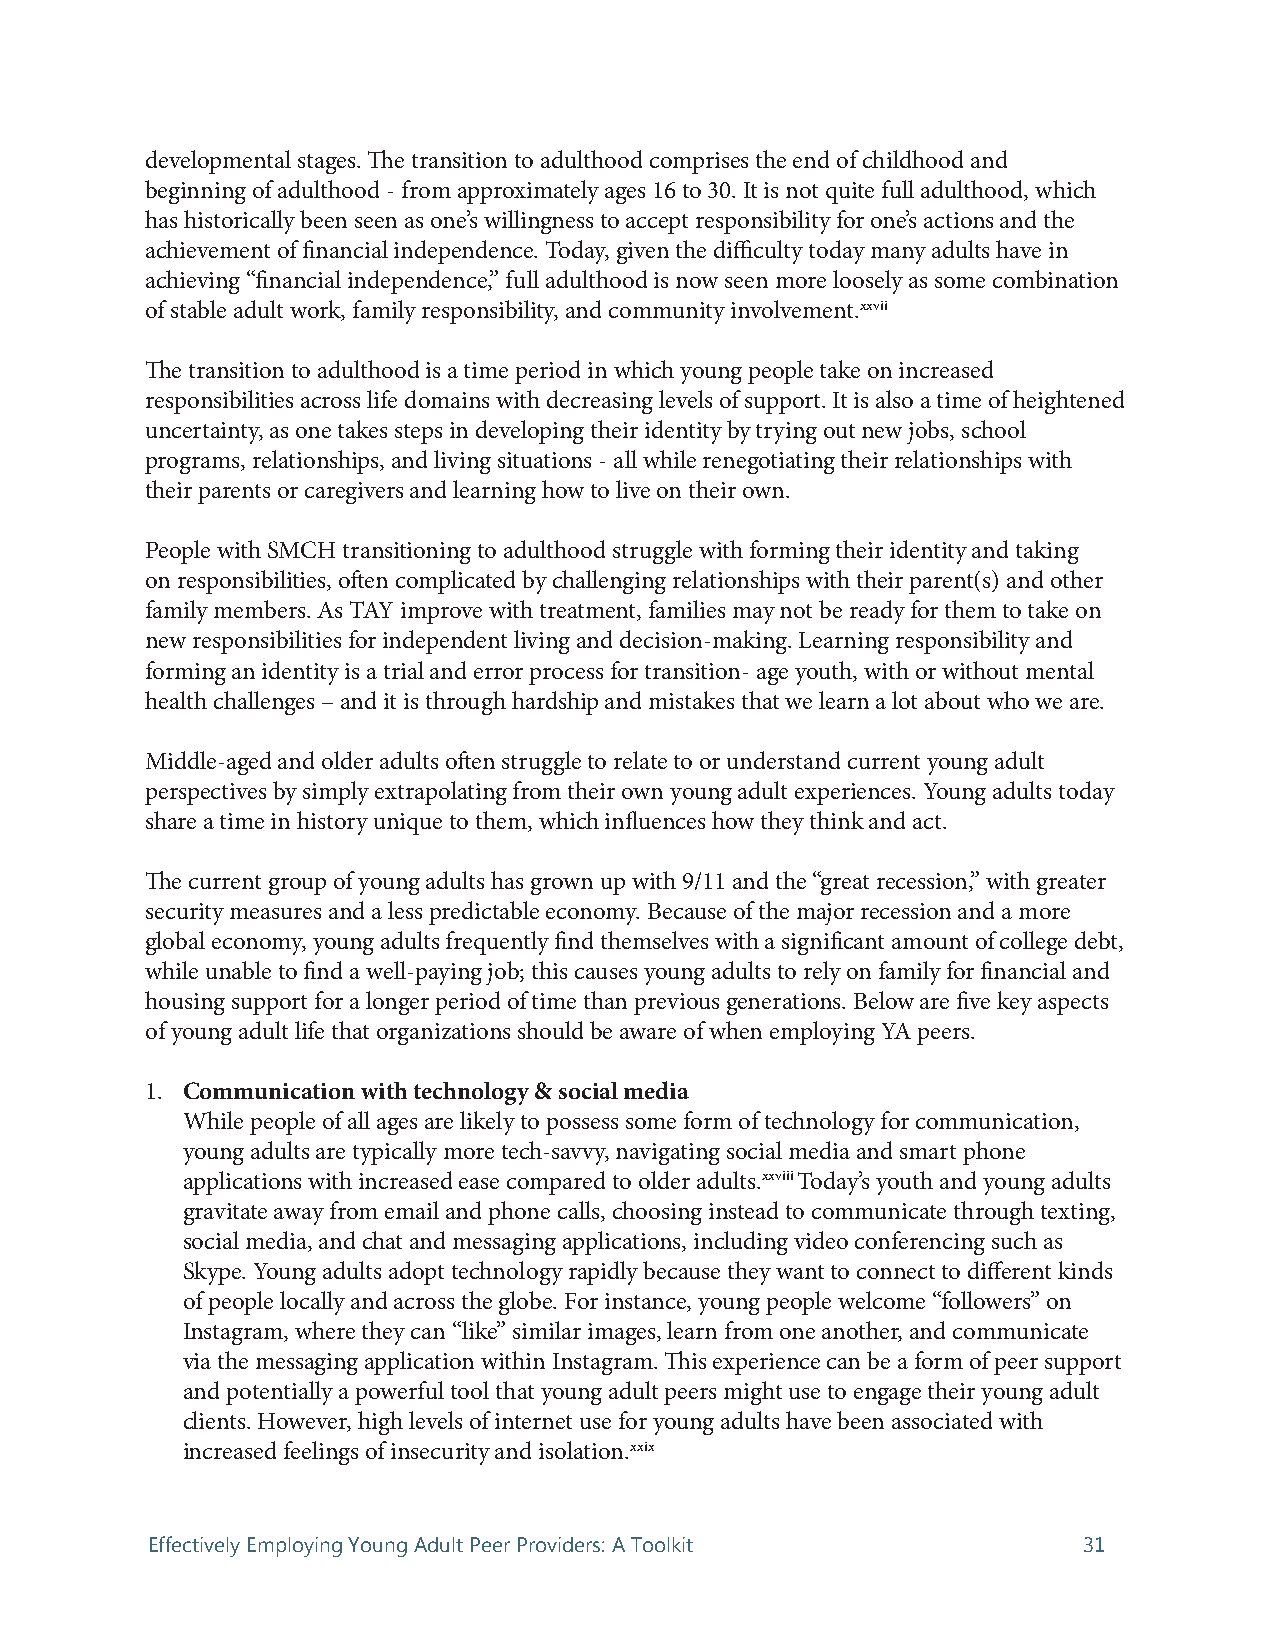
developmental stages. The transition to adulthood comprises the end of childhood and
 beginning of adulthood - from approximately ages 16 to 30. It is not quite full adulthood, which
 has historically been seen as one’s willingness to accept responsibility for one’s actions and the
 achievement of financial independence. Today, given the difficulty today many adults have in
 achieving “financial independence,” full adulthood is now seen more loosely as some combination
 of stable adult work, family responsibility, and community involvement.xxvii
 The transition to adulthood is a time period in which young people take on increased
 responsibilities across life domains with decreasing levels of support. It is also a time of heightened
 uncertainty, as one takes steps in developing their identity by trying out new jobs, school
 programs, relationships, and living situations - all while renegotiating their relationships with
 their parents or caregivers and learning how to live on their own.
 People with SMCH transitioning to adulthood struggle with forming their identity and taking
 on responsibilities, often complicated by challenging relationships with their parent(s) and other
 family members. As TAY improve with treatment, families may not be ready for them to take on
 new responsibilities for independent living and decision-making. Learning responsibility and
 forming an identity is a trial and error process for transition- age youth, with or without mental
 health challenges – and it is through hardship and mistakes that we learn a lot about who we are.
 Middle-aged and older adults often struggle to relate to or understand current young adult
 perspectives by simply extrapolating from their own young adult experiences. Young adults today
 share a time in history unique to them, which influences how they think and act.
 The current group of young adults has grown up with 9/11 and the “great recession,” with greater
 security measures and a less predictable economy. Because of the major recession and a more
 global economy, young adults frequently find themselves with a significant amount of college debt,
 while unable to find a well-paying job; this causes young adults to rely on family for financial and
 housing support for a longer period of time than previous generations. Below are five key aspects
 of young adult life that organizations should be aware of when employing YA peers.
 1. Communication with technology & social media
 While people of all ages are likely to possess some form of technology for communication,
 young adults are typically more tech-savvy, navigating social media and smart phone
 applications with increased ease compared to older adults.xxviii Today’s youth and young adults
 gravitate away from email and phone calls, choosing instead to communicate through texting,
 social media, and chat and messaging applications, including video conferencing such as
 Skype. Young adults adopt technology rapidly because they want to connect to different kinds
 of people locally and across the globe. For instance, young people welcome “followers” on
 Instagram, where they can “like” similar images, learn from one another, and communicate
 via the messaging application within Instagram. This experience can be a form of peer support
 and potentially a powerful tool that young adult peers might use to engage their young adult
 clients. However, high levels of internet use for young adults have been associated with
 increased feelings of insecurity and isolation.xxix
 Effectively Employing Young Adult Peer Providers: A Toolkit   31